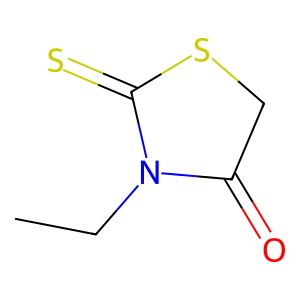
SMILES: CCN1C(=O)CSC1=S
Inhibits HIV replication: No